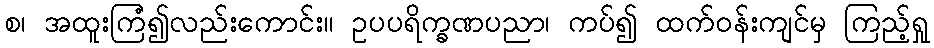
စ၊ အထူးကြံ၍လည်းကောင်း။ ဥပပရိက္ခဏပညာ၊ ကပ်၍ ထက်ဝန်းကျင်မှ ကြည့်ရှု